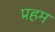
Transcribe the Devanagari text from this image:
प्रहम